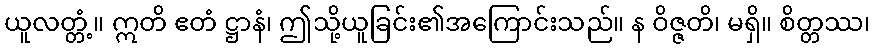
ယူလတ္တံ့။ ဣတိ ဧတံ ဋ္ဌာနံ၊ ဤသို့ယူခြင်း၏အကြောင်းသည်။ န ဝိဇ္ဇတိ၊ မရှိ။ စိတ္တဿ၊